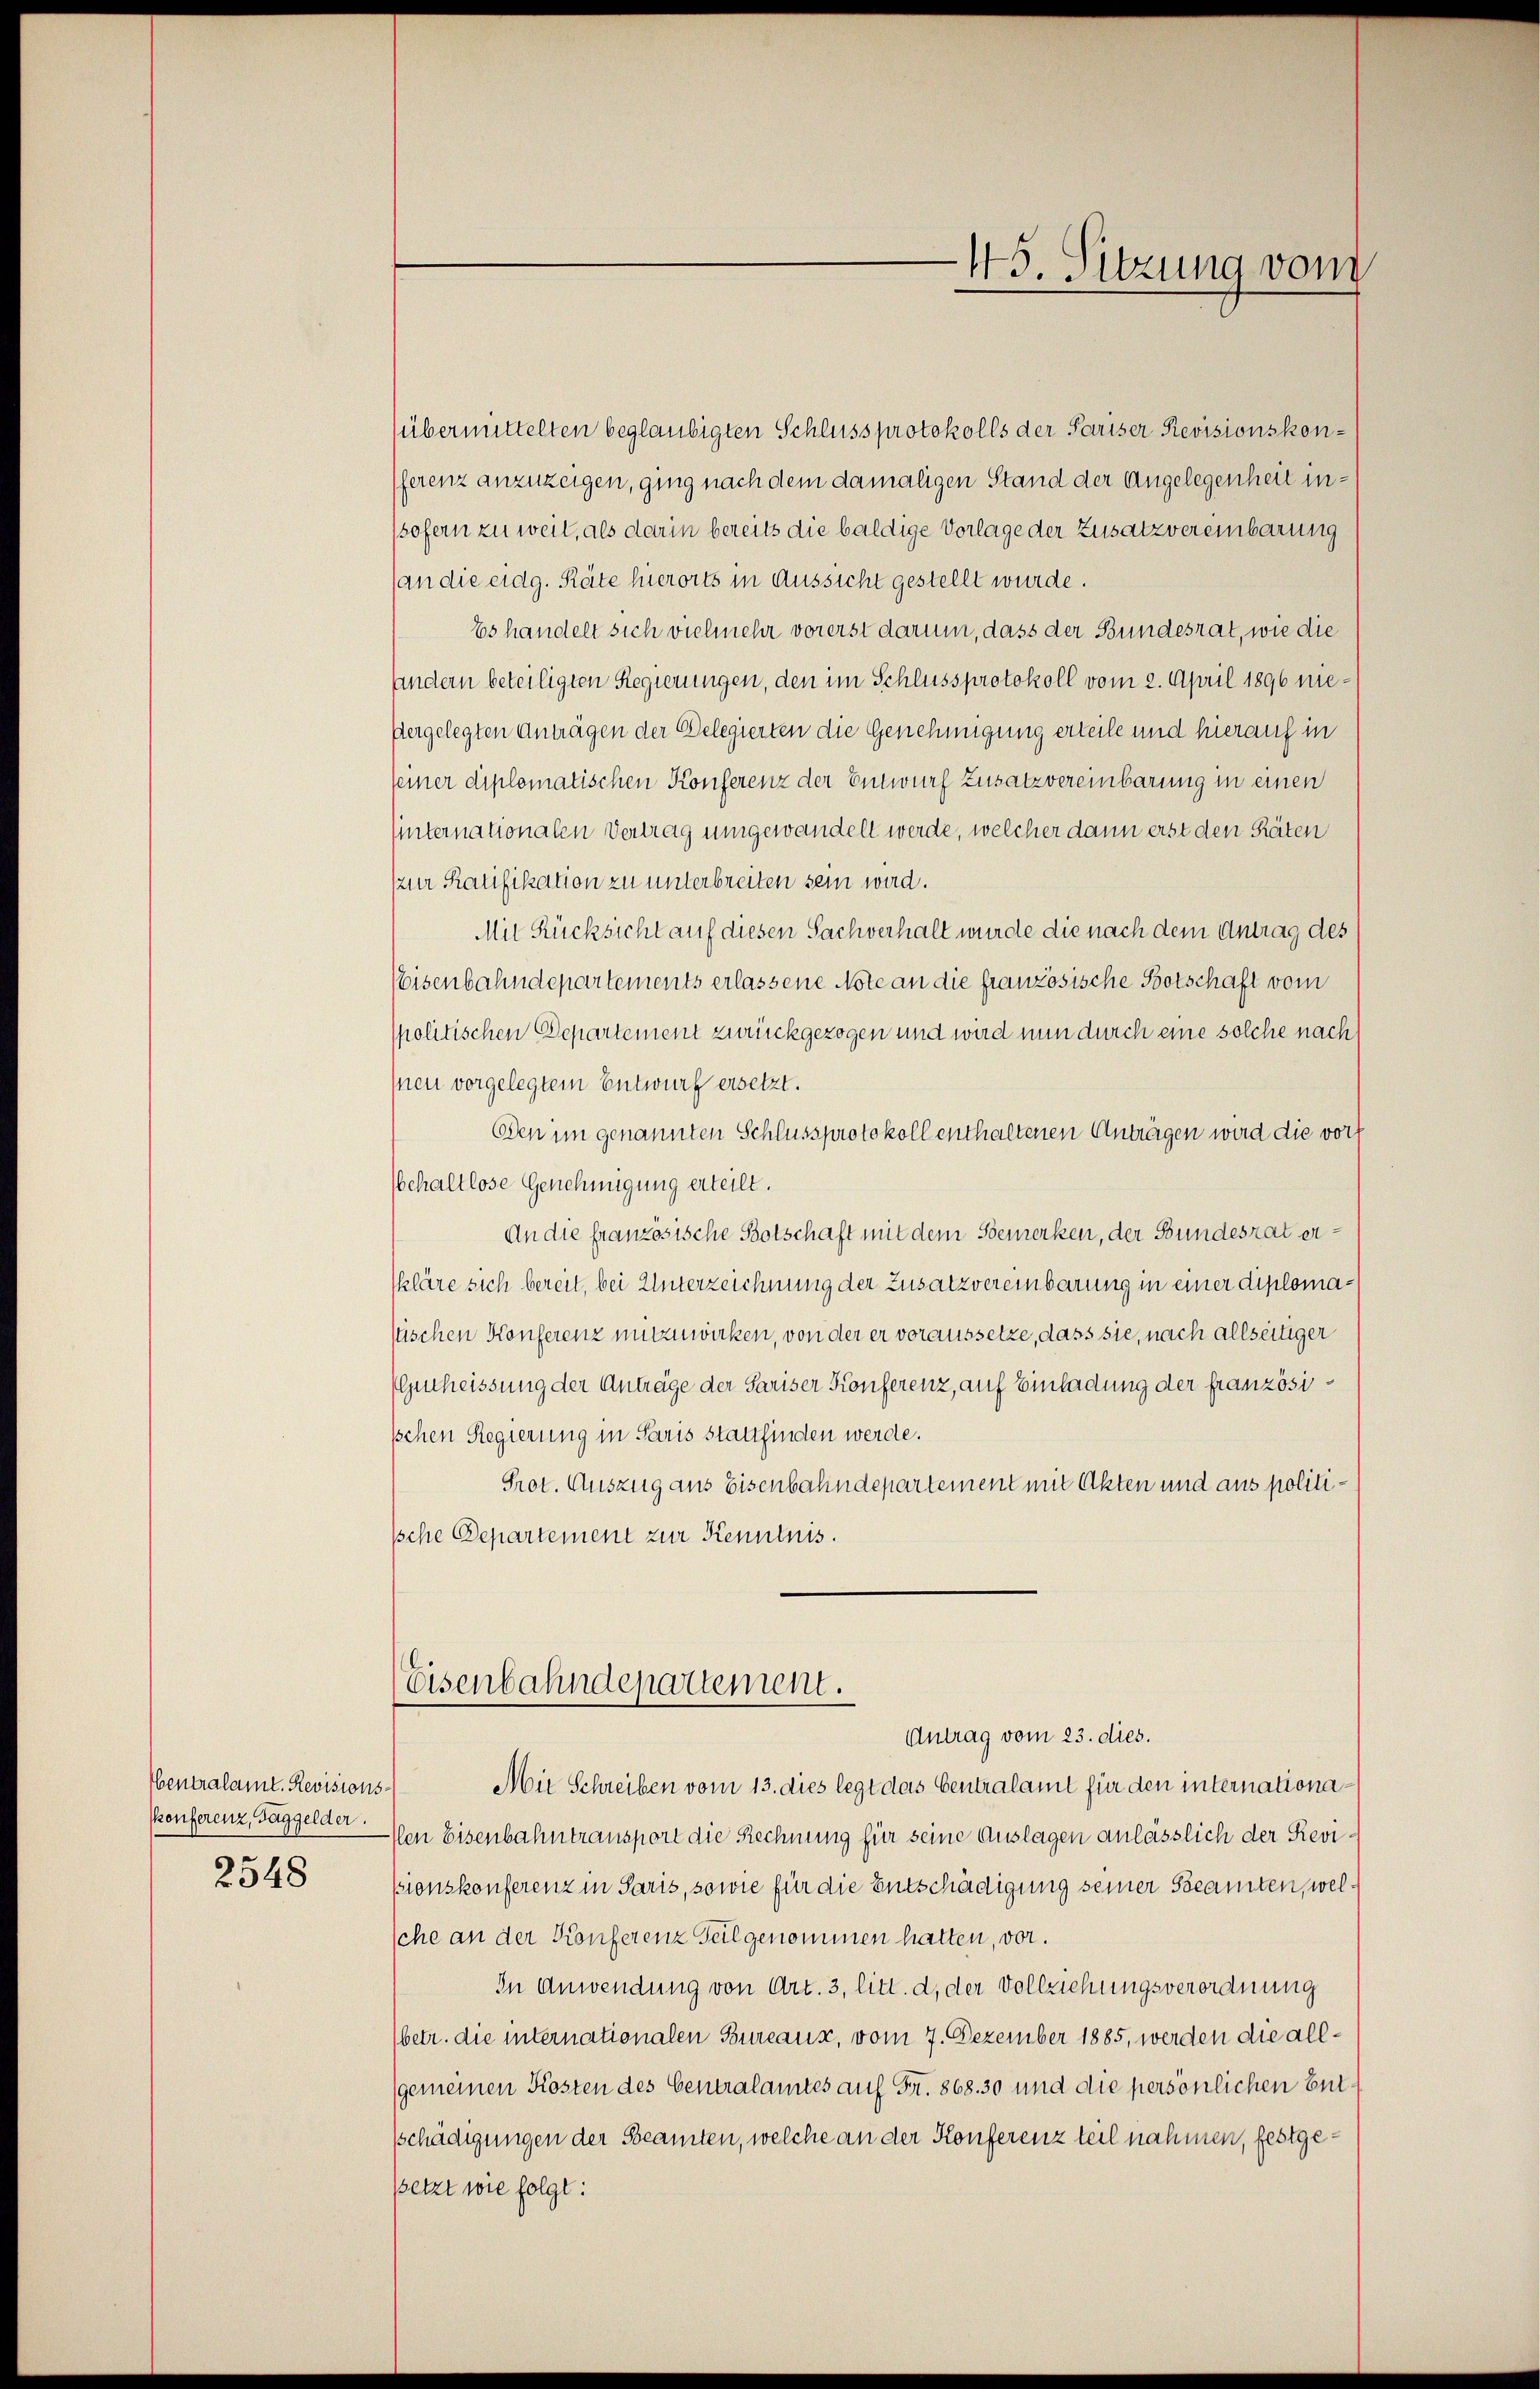
Hentralamt. Revisions-
Konferenz, Taggelder.
2548

(übermittelten beglaubigten Schluss protokolls der Pariser Revisionskonferenz anzuzeigen, ging nach dem damaligen Stand der Angelegenheit insofern zu weit, als darin bereits die baldige Vorlage der Zusatz vereinbarung
an die eidg. Räte hierorts in Aussicht gestellt wurde.
Es handelt sich vielmehr vorerst darum, dass der Bundesrat, wie die
handern beteiligten Regierungen, den im Schlussprotokoll vom 2. April 1896 nie:
vorgelegten Anträgen der Delegierten die Genehmigung erteile und hierauf in
seiner diplomatischen Konferenz der Entwurf zusatzvereinbarung in einen
Unternationalen Vertrag umgewandelt werde, welcher dann erst den Räten
zur Ratifikation zu unterbreiten sein wird.
Mit Rücksicht auf diesen Sachverhalt wurde die nach dem Antrag des
Eisenbahndepartements erlassene Note an die französische Botschaft vom
politischen Departement zurückgezogen und wird nun durch eine solche nach
neu vorgelegtem Entwurf ersetzt.
Den im genannten Schlussprotokoll enthaltenen Anträgen wird die vort
Echaltlose Genehmigung erteilt.
An die französische Botschaft mit dem Semerken, der Bundesrat erkläre sich bereit, bei Unterzeichnung der Zusatzvereinbarung in einer diplomatischen Konferenz mitzuwirken, von der er voraussetze, dass sie, nach allseitiger
Pluheissung der Anträge der Pariser Konferenz, auf Einladung der französi¬
Ischen Regierung in Paris stattfinden werde.
Prot. Auszug aus Eisenbahndepartement mit Akten und aus politi¬
Iche Departement zur Kenntnis.
Eisenbahndepartement.
Antrag vom 23. dies.
Mit Schreiben vom 13. dies legt das Centralamt für den internationa¬
Ien Eisenbahntransport die Rechnung für seine Auslagen anlässlich der Revipionskonferenz in Paris, sowie für die Entschädigung seiner Steamten, wel
sche an der Konferenz Teil genommen hatten, vor.
In Anwendung von Art. 3, litt. d, der Vollziehungsverordnung
(betr. die internationalen Bureaux, vom 7. Dezember 1885, werden die all¬
(gemeinen Kosten des Generalamtes auf Fr. 868. 30 und die persönlichen Entschädigungen der Beamten, welche an der Konferenz teil nahmen, festgepsetzt wie folgt:

45. Sitzung vom